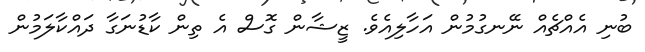
ބުނި އެއްޗެއް ނޭނގުމުން އަހާލިއެވެ. ޒީޝާން ގޮސް އެ ތިން ކާޑުނަގާ ދައްކާލަމުން